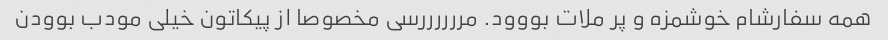
همه سفارشام خوشمزه و پر ملات بووود. مررررررسی مخصوصا از پیکاتون خیلی مودب بوودن